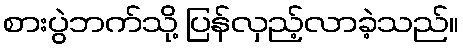
စားပွဲဘက်သို့ ပြန်လှည့်လာခဲ့သည်။